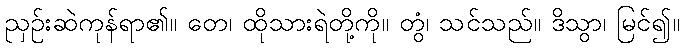
ညှဉ်းဆဲကုန်ရာ၏။ တေ၊ ထိုသားရဲတို့ကို။ တွံ၊ သင်သည်။ ဒိသွာ၊ မြင်၍။